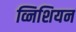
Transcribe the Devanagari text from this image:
व्निशियन